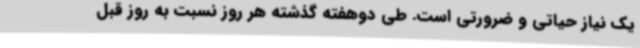
یک نیاز حیاتی و ضرورتی است. طی دوهفته گذشته هر روز نسبت به روز قبل